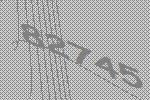
82745